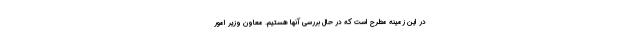
در این زمینه مطرح است که در حال بررسی آنها هستیم. معاون وزیر امور